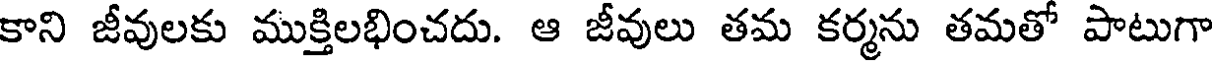
కాని జీవులకు ముక్తిలభించదు. ఆ జీవులు తమ కర్మను తమతో పాటుగా